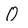
Character: O